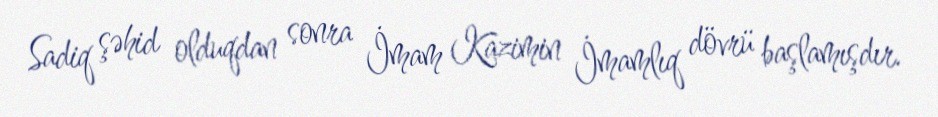
Sadiq şəhid olduqdan sonra İmam Kazimin İmamlıq dövrü başlamışdır.